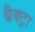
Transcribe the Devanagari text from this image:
बैक्ट्रा